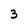
Character: 3